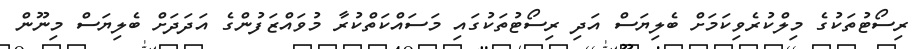
ރިސޯޓުތަކުގެ މިލްކުރެވިކަމަށް ބެލިޔަސް އަދި ރިސޯޓުތަކުގައި މަސައްކަތްކުރާ މުވައްޒަފުންގެ އަދަދަށް ބެލިޔަސް މިނޫން